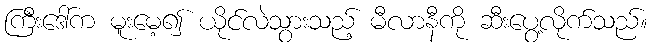
ကြီးဒေါ်က မူးမေ့၍ ယိုင်လဲသွားသည့် မီလာနီကို ဆီးပွေ့လိုက်သည်။